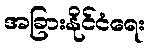
အခြားနိုင်ငံရေး